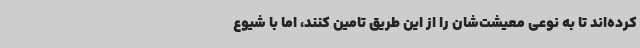
کرده‌اند تا به نوعی معیشت‌شان را از این طریق تامین کنند، اما با شیوع